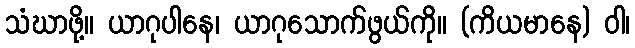
သံဃာဖို့။ ယာဂုပါနေ၊ ယာဂုသောက်ဖွယ်ကို။ (ကိယမာနေ) ဝါ၊